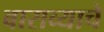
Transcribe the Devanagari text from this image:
बाराव्याचे